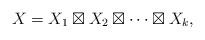
LaTeX: \begin{align*} X=X_1\boxtimes X_2\boxtimes\cdots \boxtimes X_k, \end{align*}